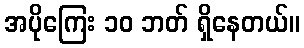
အပိုကြေး ၁၀ ဘတ် ရှိနေတယ်။